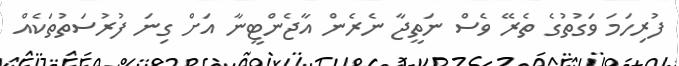
ފުރިހަމަ ވަގުތުގެ ތެރޭ ވެސް ނަތީޖާ ނެރެން އާޖެންޓީނާ އަށް ގިނަ ފުރުސަތުތަކެއް